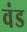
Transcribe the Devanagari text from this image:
वंड